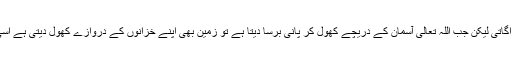
آسمان و زمین کے بند ہونے سے اشارہ اس بات کی طرف ہے کہ نہ آسمان سے پانی برستا نہ زمین سبزہ اگاتی لیکن جب اللہ تعالیٰ آسمان کے دریچے کھول کر پانی برسا دیتا ہے تو زمین بھی اپنے خزانوں کے دروازے کھول دیتی ہے اسی طرح اللہ تعالیٰ جب چاہے گا زمین سے ان سارے لوگوں کو زندہ اٹھا کھڑا کرے گا جو اس میں دفن ہیں۔